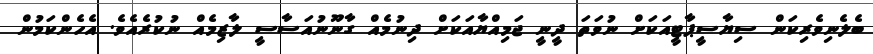
ބެލެނިވެރިކަން ސިޔާސީޕާޓީއަކަށް ނުވަތަ ދީނީ ޖަމިއްޔާއަކަށް ދިނުމެއް ގާނޫނުއަސާސީ ލާޒިމެއް ނުކުރެއެވެ. އެހެންކަމުން